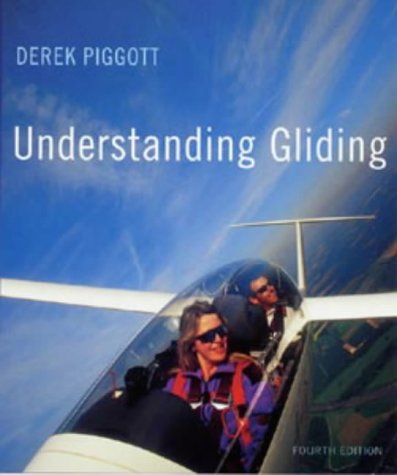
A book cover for Understanding Gliding: The Principles of Soaring Flight (Flying and Gliding); Derek Piggott; Sports & Outdoors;